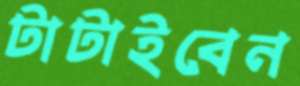
টাটাইবেন